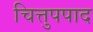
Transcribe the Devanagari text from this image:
चित्तुपपाद